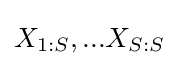
X_{1:S},...X_{S:S}